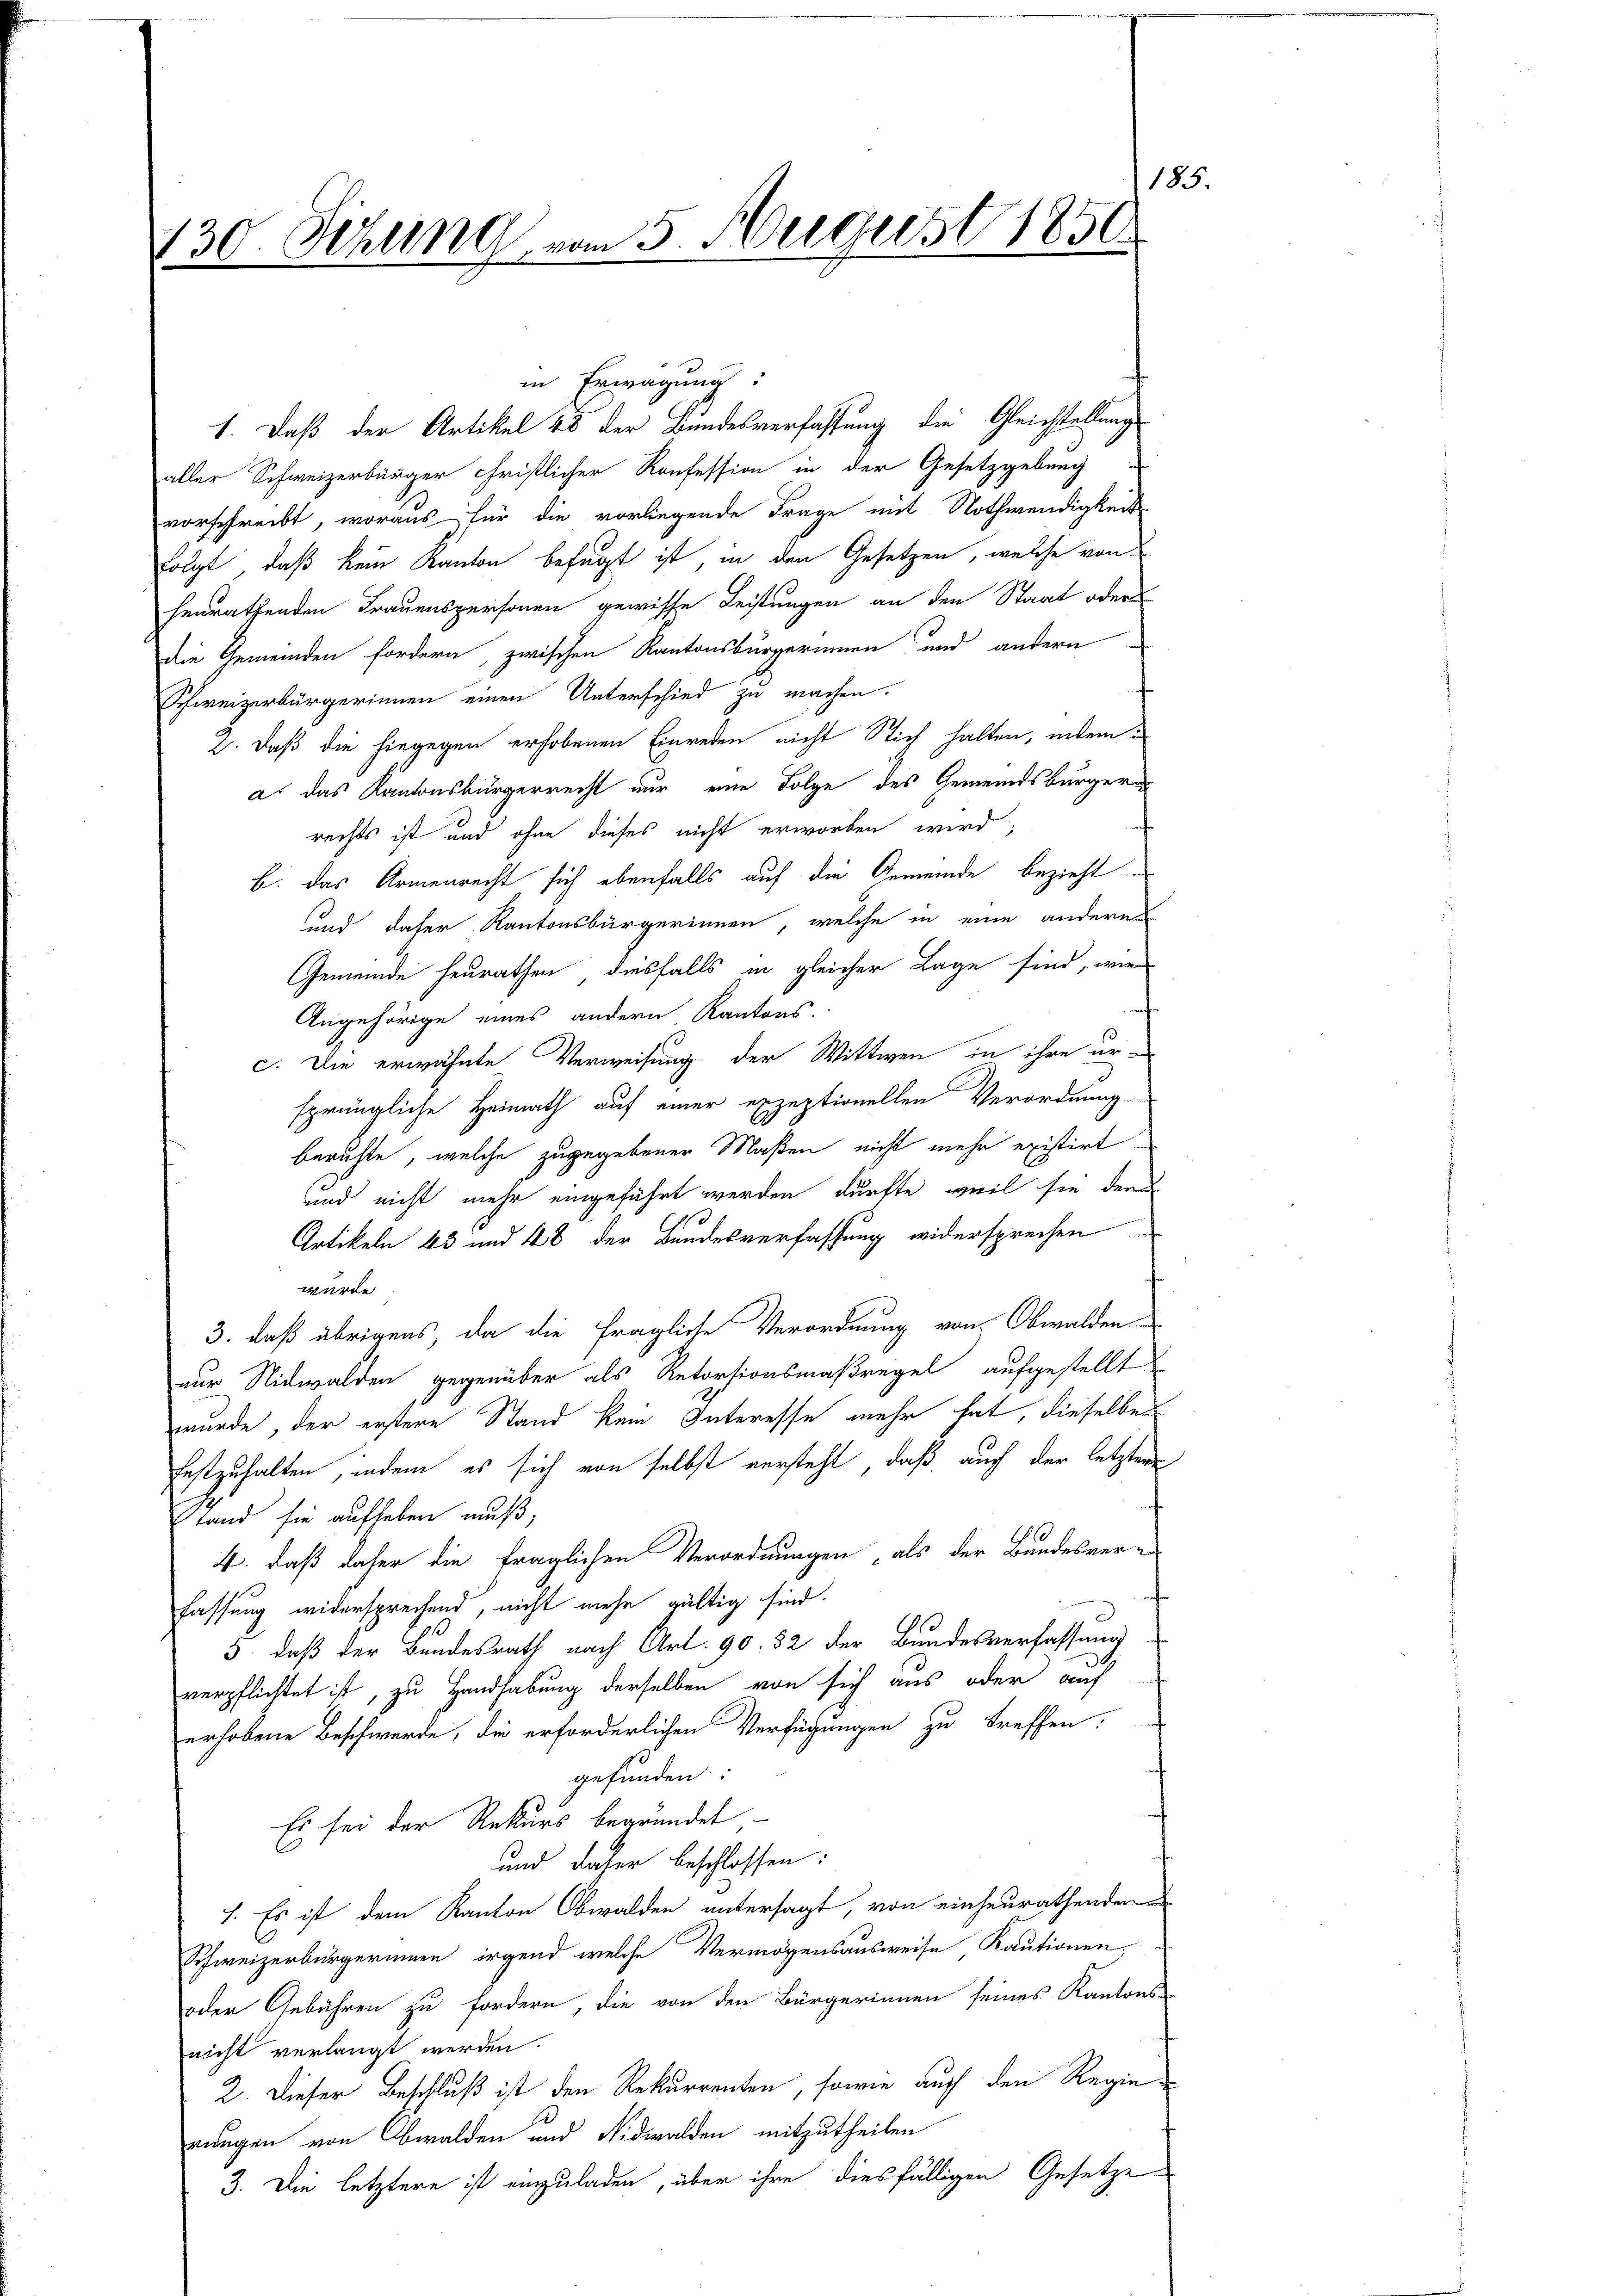
185.
130. Sitzung vom 5. August 1850

aller Schweizerbürger Christlicher Konfession in der Gesetzgebung
vorschreibt, woraus für die vorliegende Frage mit Nothwendigkeit
folgt, daß kein Kanton befugt ist, in den Gesetzen, welche von
henrathenden Frauenspersonen gewisse Leistungen an den Staat oder
Die Gemeinden fordern, zwischen Kantonsbürgerinnen und andern
Schweizerbürgerinnen einen Unterschied zu machen.
2. daß die hingegen erhobenen Einreden nicht Stich halten, indem
a. das Kantonsbürgerrecht nur eine Folge des Gemeindsbürgeres
rechts ist und ohne dieses nicht erworben wird.
b. das Armenrecht sich ebenfalls auf die Gemeinde bezieht
und daher Kantonsbürgerinnen, welche in eine anderes
Gemeinde heurathen diesfalls in gleicher Lage sind, wie
Angehörige eines andern Kantons-
c. Die erwähnte Verweisung der Wittwen in ihre er-
sprüngliche Heimath auf einer exzeptionellen Verordnung
beruhte, welche zugegebener Maßen nicht mehr existirt
und nicht mehr eingeführt werden dürfte, weil sie der
Artikeln 43 und 48 der Bundesverfassung widersprechen
wurde
3. daß übrigens, da die fragliche Verordnung von Obwalden
nur Nidwalden gegenüber als Retorsionsmaßregel aufgestellt
wurde, der erstere Stand kein Interesse mehr hat, dieselben
festzuhalten, indem es sich von selbst versteht, daß auch der letztere
Etand sie aufheben muß,
19.
4. daß daher die fraglichen Verordnungen, als der Bandesver-
fassung widersprechend, nicht mehr gültig sind.
3. daß der Bundesrath nach Art. 90. 52 der Bundesverfassung
verpflichtet ist, zu Handhabung derselben von sich aus oder auch
erhobene Beschwerde, die erforderlichen Verfügungen zu treffen.
gefunden:
Es sei der Rekurs begründet
und daher beschlossen:
7. Es ist dem Kanton Obwalden untersagt, von einheurathenden
Schweizerbürgerinnen, irgend welche Vermögensausweise Kautionen,
oder Gebühren zu fordern, die von den Bürgerinnen seines Kantons-
nicht verlangt werden.
2. Dieser Beschluß ist den Rekurrenten, sowie auch den Regierungen von Obwalden und Nidwalden mitzutheilen
3. Die letztere ist einzuladen, über ihre diesfälligen Gesetze

in Erwägung:
1. Daß der Artikel 25 der Bundesverfassung die Gleichstellung